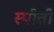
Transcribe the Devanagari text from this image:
स्पीत्ती